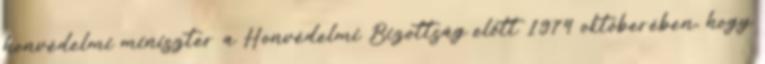
honvédelmi miniszter a Honvédelmi Bizottság előtt 1974 októberében, hogy